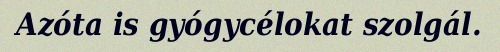
Azóta is gyógycélokat szolgál.